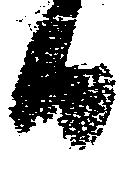
日